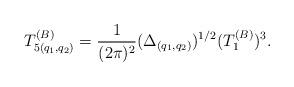
LaTeX: \begin{align*}T_{5(q_{1}, q_{2})}^{(B)} = {1\over (2\pi)^2} (\Delta_{(q_1, q_2)})^{1/2}(T_1^{(B)})^3.\end{align*}